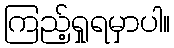
ကြည့်ရှုရမှာပါ။